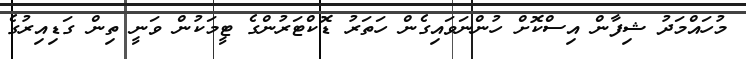
މުހައްމަދު ޝިފާން އިސްކޮށް ހުންނަވައިގެން ހަތަރު ޑޮކްޓަރުންގެ ޓީމަކުން ވަނީ ތިން ގަޑިއިރުގެ